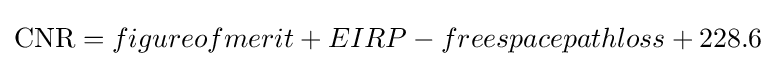
{\textstyle {\mbox{CNR}}=figureofmerit+EIRP-freespacepathloss+228.6}